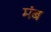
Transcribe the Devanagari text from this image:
मंब